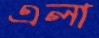
এলা